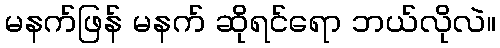
မနက်ဖြန် မနက် ဆိုရင်ရော ဘယ်လိုလဲ။